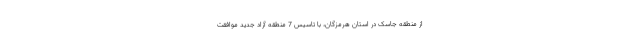
از منطقه جاسک در استان هرمزگان، با تاسیس 7 منطقه آزاد جدید موافقت